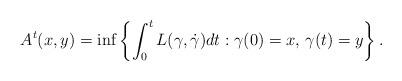
LaTeX: \begin{align*}A^t(x, y) = \inf \left\{ \int_0^t L(\gamma, \dot{\gamma}) dt: \gamma(0)= x, \, \gamma(t) = y \right\}. \end{align*}